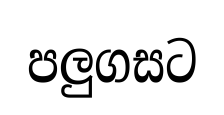
පලුගසට